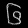
Digit: ၆